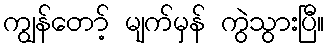
ကျွန်တော့် မျက်မှန် ကွဲသွားပြီ။